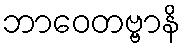
ဘာဝေတဗ္ဗာနိ